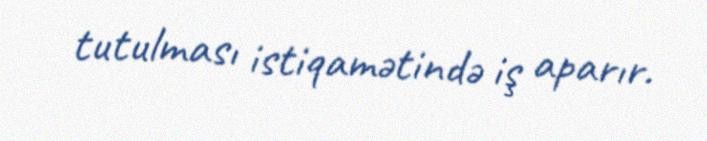
tutulması istiqamətində iş aparır.